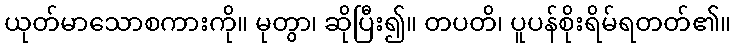
ယုတ်မာသောစကားကို။ မုတွာ၊ ဆိုပြီး၍။ တပတိ၊ ပူပန်စိုးရိမ်ရတတ်၏။